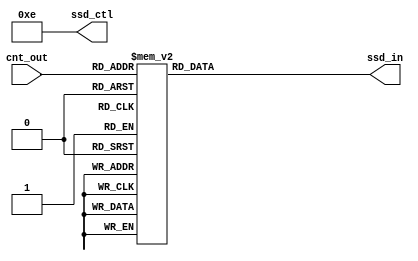
// de ne segment codes
`define SS_0 8'b00000011
`define SS_1 8'b10011111
`define SS_2 8'b00100101
`define SS_3 8'b00001101
`define SS_4 8'b10011001
`define SS_5 8'b01001001
`define SS_6 8'b01000001
`define SS_7 8'b00011111
`define SS_8 8'b00000001
`define SS_9 8'b00001001

module SSDdisplay_BCD(ssd_in, ssd_ctl, cnt_out);
output reg[7:0] ssd_in; 
output [3:0] ssd_ctl;
input [3:0] cnt_out;

assign ssd_ctl = 4'b1110;
always @* begin
    case (cnt_out)
        4'd0: begin
            ssd_in = `SS_0;
        end
        4'd1: begin
            ssd_in = `SS_1;
        end
        4'd2: begin
            ssd_in = `SS_2;
        end
        4'd3: begin
            ssd_in = `SS_3;
        end
        4'd4: begin
            ssd_in = `SS_4;
        end
        4'd5: begin
            ssd_in = `SS_5;
        end
        4'd6: begin
            ssd_in = `SS_6;
        end
        4'd7: begin
            ssd_in = `SS_7;
        end
        4'd8: begin
            ssd_in = `SS_8;
        end
        4'd9: begin
            ssd_in = `SS_9;
        end
        default: ssd_in = 8'b0000000;
    endcase
end
endmodule